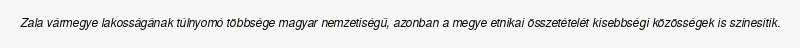
Zala vármegye lakosságának túlnyomó többsége magyar nemzetiségű, azonban a megye etnikai összetételét kisebbségi közösségek is színesítik.